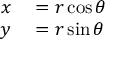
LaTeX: \begin{array} { r l } { x } & { { } = r \cos \theta } \\ { y } & { { } = r \sin \theta } \end{array}